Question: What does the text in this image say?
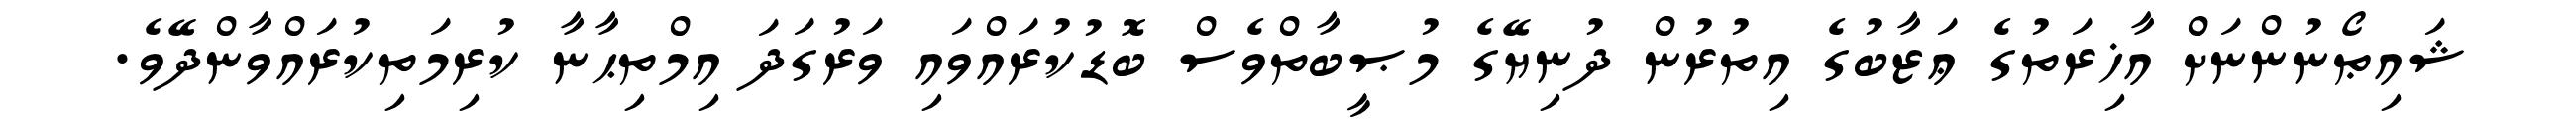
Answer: ޝައިޠޯނުންނަށް އާޚިރަތުގެ ޢަޒާބުގެ އިތުރުން ދުނިޔޭގެ މުޞީބާތްވެސް ބޮޑުކުރައްވައި ވަރުގަދަ އިމްތިޙާނާ ކުރިމަތިކުރައްވާންދޭވެ.